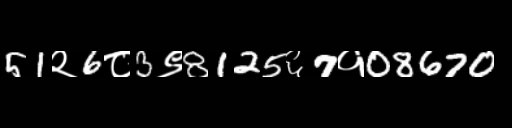
Text: 51२6८3९8125६7१08670